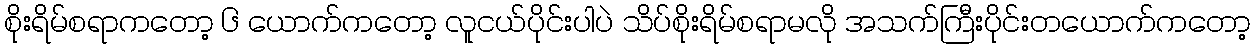
စိုးရိမ်စရာကတော့ ၆ ယောက်ကတော့ လူငယ်ပိုင်းပါပဲ သိပ်စိုးရိမ်စရာမလို အသက်ကြီးပိုင်းတယောက်ကတော့